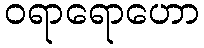
ဝရာရောဟော